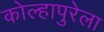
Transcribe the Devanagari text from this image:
कोल्हापुरेला